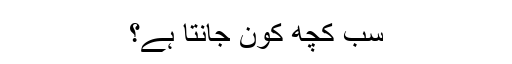
سب کچھ کون جانتا ہے؟